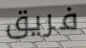
فريق